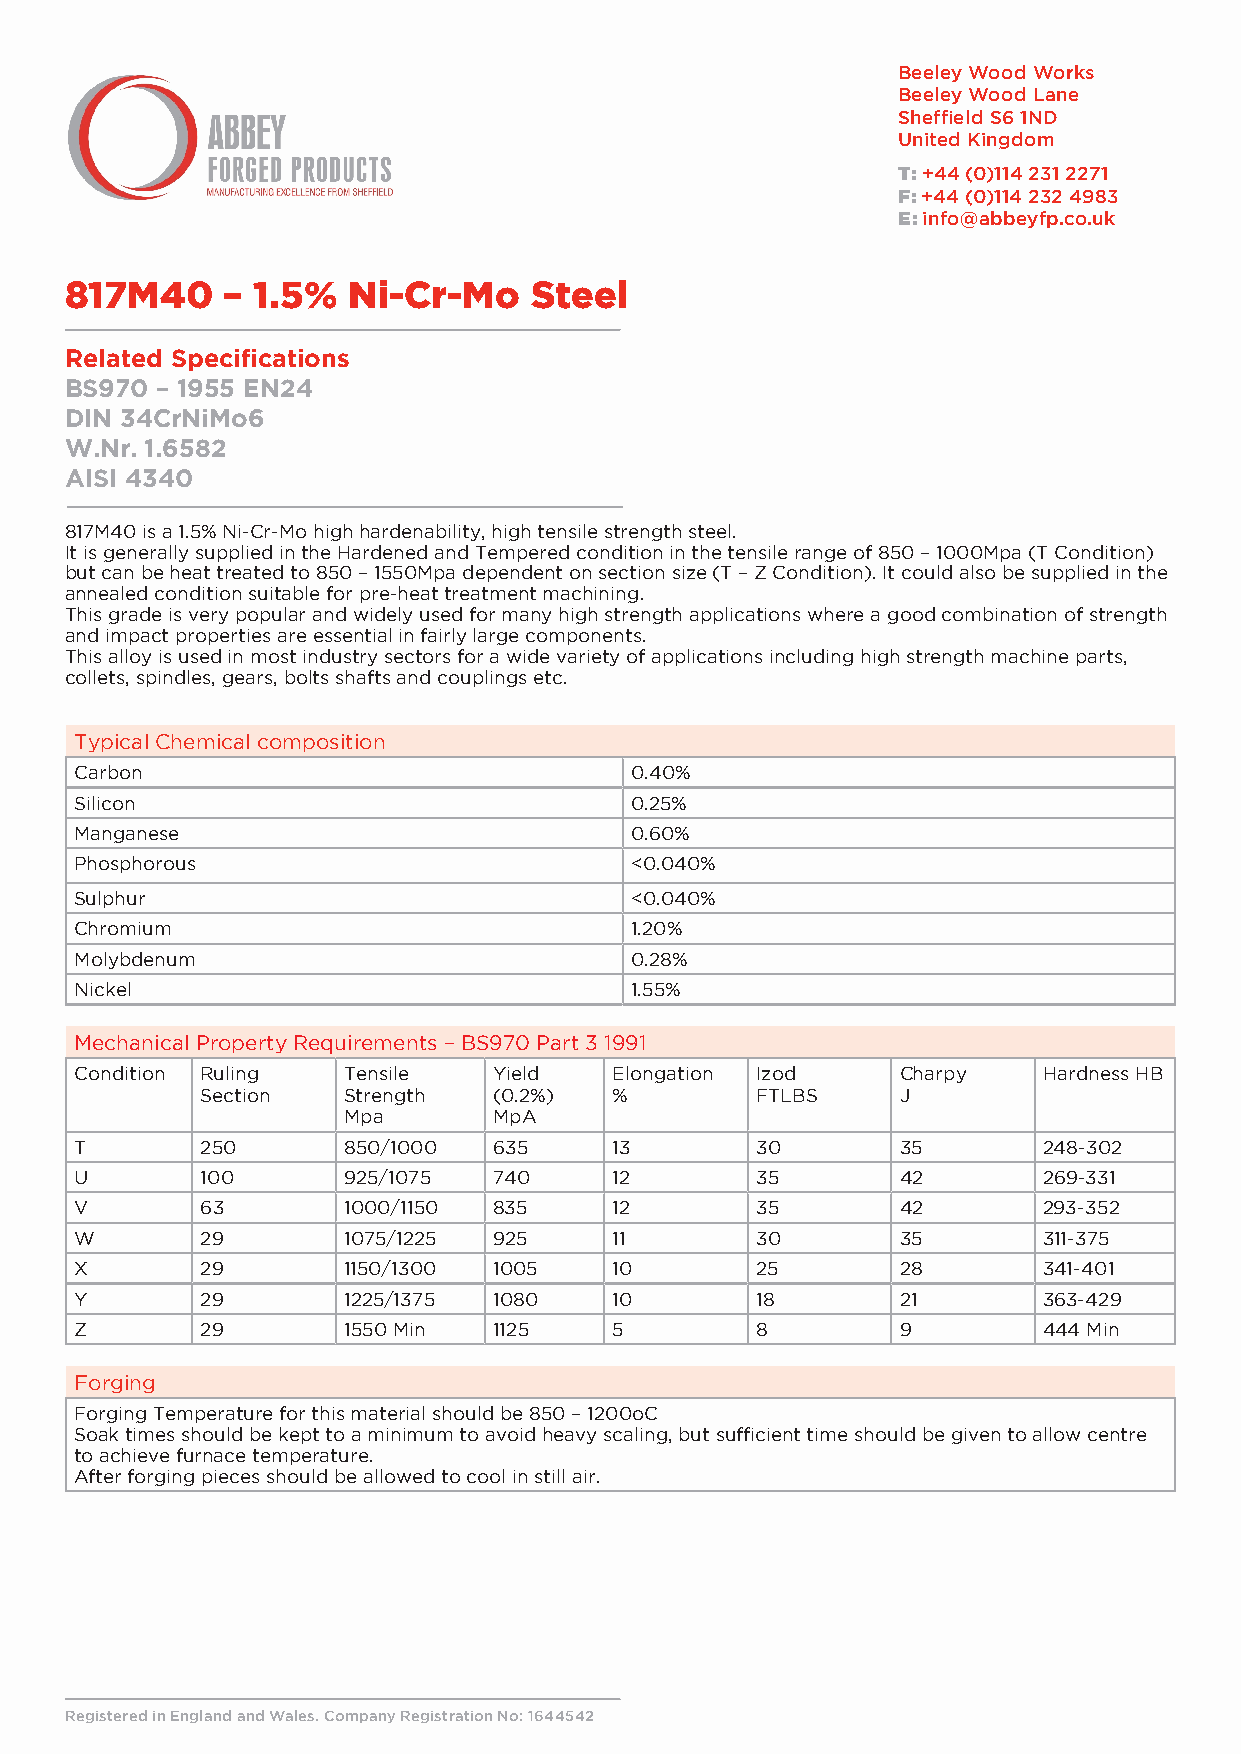
Beeley Wood Works
 Beeley Wood Lane
 Sheffield S6 1ND
 United Kingdom
 T: +44 (0)114 231 2271
 F: +44 (0)114 232 4983
 E: info@abbeyfp.co.uk
 817M40     – 1.5%  Ni-Cr-Mo    Steel
 Related Specifications
 BS970 – 1955 EN24
 DIN 34CrNiMo6
 W.Nr. 1.6582
 AISI 4340
 817M40 is a 1.5% Ni-Cr-Mo high hardenability, high tensile strength steel.
 It is generally supplied in the Hardened and Tempered condition in the tensile range of 850 – 1000Mpa (T Condition)
 but can be heat treated to 850 – 1550Mpa dependent on section size (T – Z Condition). It could also be supplied in the
 annealed condition suitable for pre-heat treatment machining.
 This grade is very popular and widely used for many high strength applications where a good combination of strength
 and impact properties are essential in fairly large components.
 This alloy is used in most industry sectors for a wide variety of applications including high strength machine parts,
 collets, spindles, gears, bolts shafts and couplings etc.
 Typical Chemical composition
 Carbon                               0.40%
 Silicon                              0.25%
 Manganese                            0.60%
 Phosphorous                          <0.040%
 Sulphur                              <0.040%
 Chromium                             1.20%
 Molybdenum                           0.28%
 Nickel                               1.55%
 Mechanical Property Requirements – BS970 Part 3 1991
 Condition Ruling  Tensile   Yield   Elongation Izod    Charpy   Hardness HB
 Section   Strength  (0.2%)  %        FTLBS     J
 Mpa       MpA
 T       250       850/1000  635     13       30        35       248-302
 U       100       925/1075  740     12       35        42       269-331
 V       63        1000/1150 835     12       35        42       293-352
 W       29        1075/1225 925     11       30        35       311-375
 X       29        1150/1300 1005    10       25        28       341-401
 Y       29        1225/1375 1080    10       18        21       363-429
 Z       29        1550 Min  1125    5        8         9        444 Min
 Forging
 Forging Temperature for this material should be 850 – 1200oC
 Soak times should be kept to a minimum to avoid heavy scaling, but sufficient time should be given to allow centre
 to achieve furnace temperature.
 After forging pieces should be allowed to cool in still air.
 Registered in England and Wales. Company Registration No: 1644542